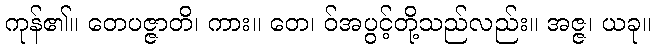
ကုန်၏။ တေပဇ္ဇာတိ၊ ကား။ တေ၊ ဝ်အပွင့်တို့သည်လည်း။ အဇ္ဇ၊ ယခု။